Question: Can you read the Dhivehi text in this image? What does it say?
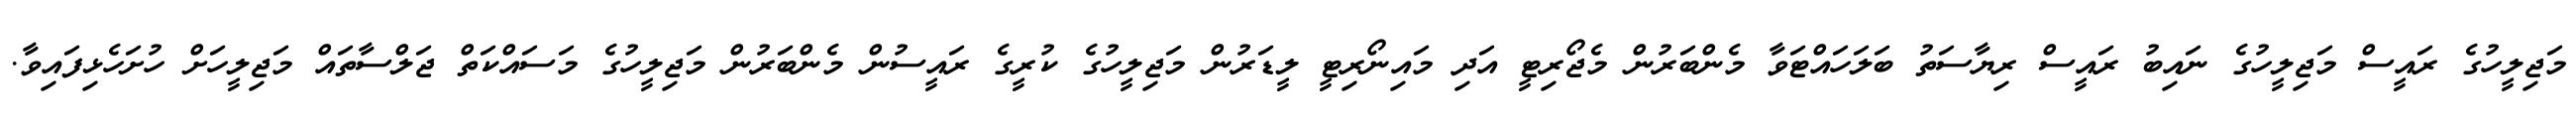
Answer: މަޖިލީހުގެ ރައީސް މަޖިލީހުގެ ނައިބު ރައީސް ރިޔާސަތު ބަލަހައްޓަވާ މެންބަރުން މެޖޯރިޓީ އަދި މައިނޯރިޓީ ލީޑަރުން މަޖިލީހުގެ ކުރީގެ ރައީސުން މެންބަރުން މަޖިލީހުގެ މަސައްކަތް ޖަލްސާތައް މަޖިލީހަށް ހުށަހެޅިފައިވާ.